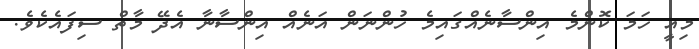
މިއީ ހަމަ ކޮންމެ އިންސާނެއްގައިމެ ހުންނަން އަނެއް އިންސާނާ އެދޭ މާތް ސިފައެކެވެ.